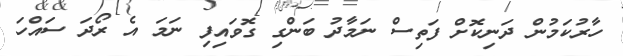
ހާރުކަމުން ދަނިކޮށް ފަތިސް ނަމާދު ބަންގި ގޮވައިފި ނަަމަ އެ ރޯދަ ސައްހަ